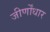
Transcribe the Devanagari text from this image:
जीर्णोंधार